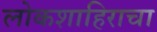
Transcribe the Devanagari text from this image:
लोकशाहिराचा